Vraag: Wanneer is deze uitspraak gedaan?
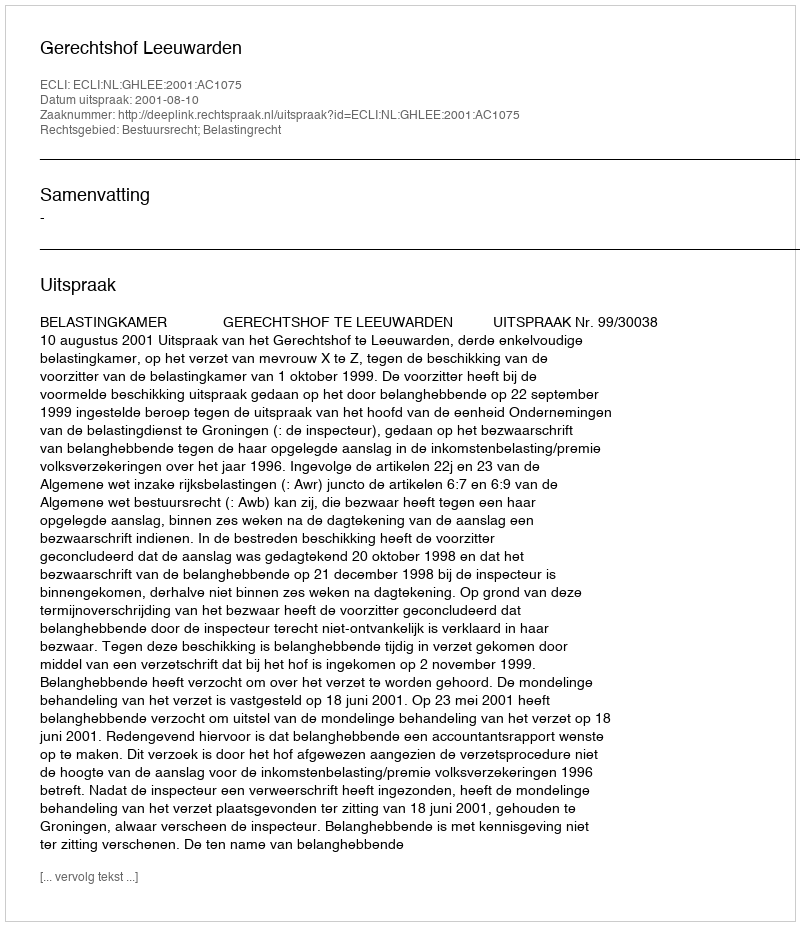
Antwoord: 2001-08-10